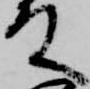
殿